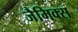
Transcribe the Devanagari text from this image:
जैमिक्स